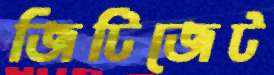
জিটিজেট